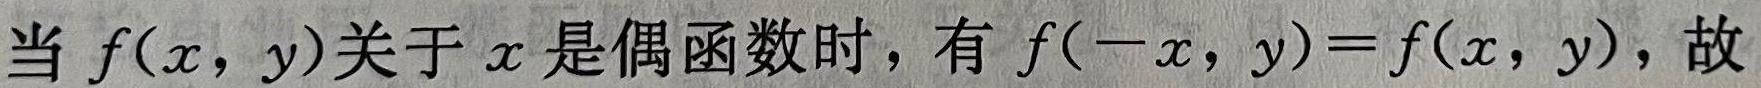
当 $f(x,y)$关于 $x$ 是偶函数时，有 $f(-x,y)=f(x,y)$，故